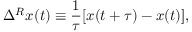
\Delta ^ { R } x ( t ) \equiv \frac { 1 } { \tau } [ x ( t + \tau ) - x ( t ) ] ,